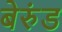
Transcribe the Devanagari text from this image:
बेरुंड